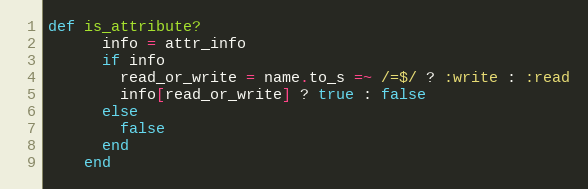
Language: Ruby
def is_attribute?
      info = attr_info
      if info
        read_or_write = name.to_s =~ /=$/ ? :write : :read
        info[read_or_write] ? true : false
      else
        false
      end
    end